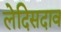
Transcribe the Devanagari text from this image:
लेदिसदाव